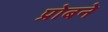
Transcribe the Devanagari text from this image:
प्रोबने